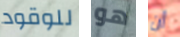
للوقود هو أن